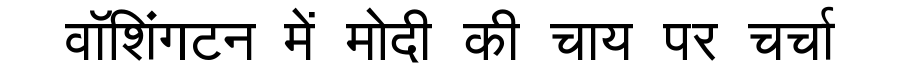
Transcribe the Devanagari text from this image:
वॉशिंगटन में मोदी की चाय पर चर्चा